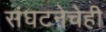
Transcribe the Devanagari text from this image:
संघटनेचेही